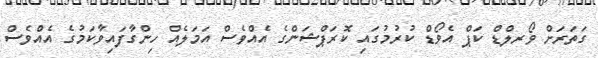
ގަތަރަށް ވޯރލްޑް ކަޕް އެވޯޑް ކުރުމުގައި ކޮރަޕްޝަންގެ އެއްވެސް އަމަލެއް ހިންގާފައިވާކަމުގެ އެއްވެސް